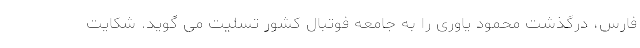
فارس، درگذشت محمود یاوری را به جامعه فوتبال کشور تسلیت می گوید. شکایت